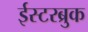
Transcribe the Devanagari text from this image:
ईस्टरब्रुक